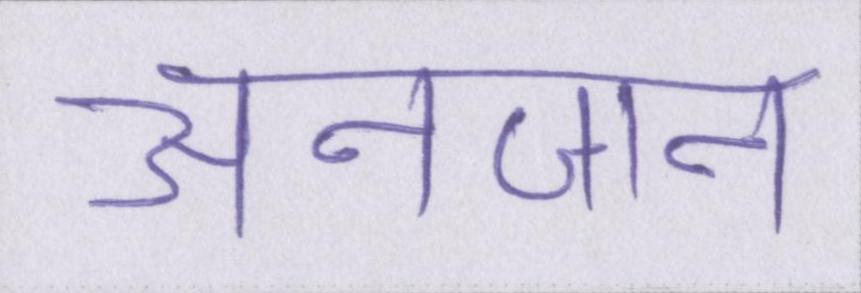
अनजान